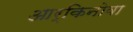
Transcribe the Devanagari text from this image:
आर्किनोवा